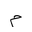
Letter: _mim